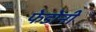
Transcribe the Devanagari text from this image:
फेडोनी